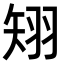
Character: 𥏊